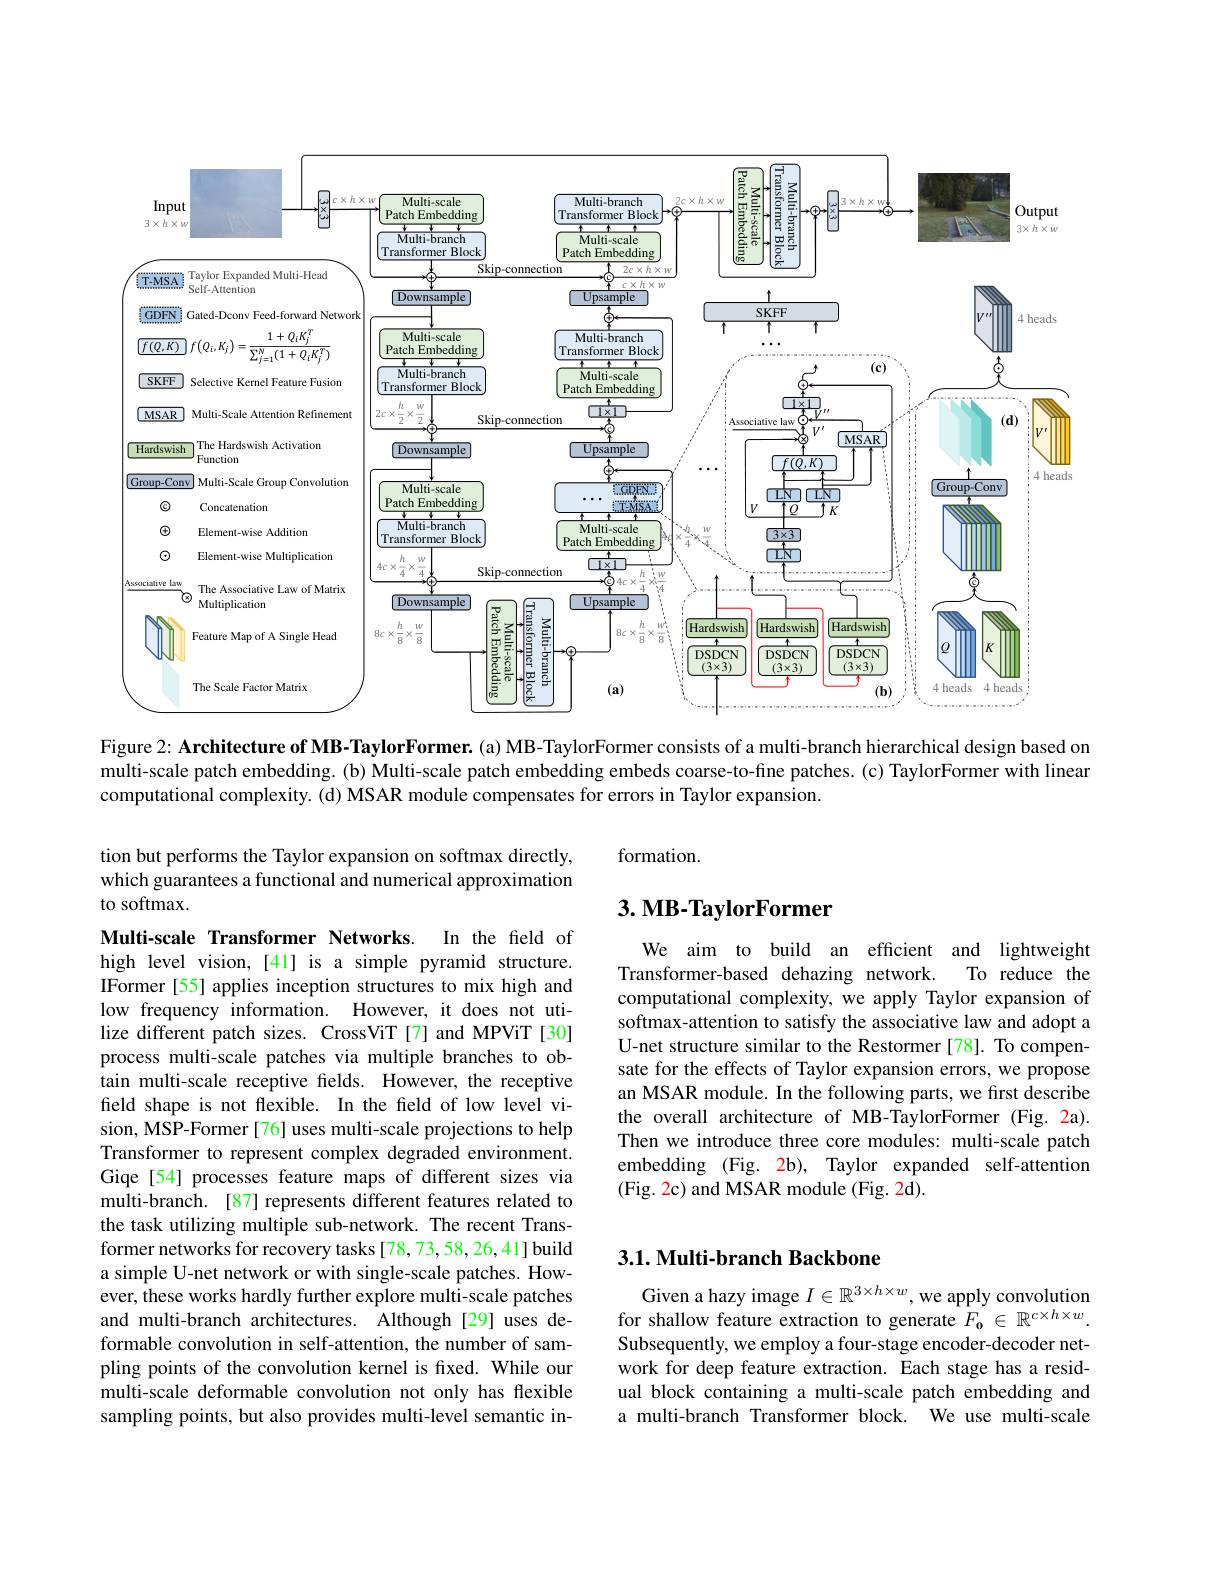
<FigureHere>

Figure 2: Architecture of MB-TaylorFormer. (a) MB-TaylorFormer consists of a multi-branch hierarchical design based on

multi-scale patch embedding. (b) Multi-scale patch embedding embeds coarse-to-fine patches. (c) TaylorFormer with linear
computational complexity. (d) MSAR module compensates for errors in Taylor expansion.

formation.

tion but performs the Taylor expansion on softmax directly, which guarantees a functional and numerical approximation to softmax.

# 3. MB-TaylorFormer

We aim to build an efficient and lightweight
To reduce the
Transformer-based dehazing network.
computational complexity, we apply Taylor expansion of softmax-attention to satisfy the associative law and adopt a U-net structure similar to the Restormer [78]. To compensate for the effects of Taylor expansion errors, we propose an MSAR module. In the following parts, we first describe the overall architecture of MB-TaylorFormer (Fig.2a). Then we introduce three core modules: multi-scale patch embedding (Fig. 2b), Taylor expanded self-attention (Fig. 2c) and MSAR module (Fig. 2d)

Multi-scale Transformer Networks. In the feld of high level vision, [41] is a simple pyramid structure. IFormer [55] applies inception structures to mix high and low frequency information. However, it does not utilize different patch sizes. CrossViT [7] and MPViT [30] process multi-scale patches via multiple branches to obtain multi-scale receptive fields. However, the receptive field shape is not flexible. In the field of low level vision, MSP-Former[76] uses multi-scale projections to help Transformer to represent complex degraded environment. Giqe[54] processes feature maps of different sizes via multi-branch. [87] represents different features related to the task utilizing multiple sub-network. The recent Transformer networks for recovery tasks [78,73,58,26,41] build a simple U-net network or with single-scale patches. However, these works hardly further explore multi-scale patches and multi-branch architectures. Although[29] uses deformable convolution in self-attention, the number of sampling points of the convolution kernel is fixed. While our multi-scale deformable convolution not only has flexible sampling points, but also provides multi-level semantic in-

## 3.1. Multi-branch Backbone

Given a hazy image $I\in\mathbb{R}^{3\times h\times w}$, we apply convolution for shallow feature extraction to generate $F_{\mathbf{o}}\in\mathbb{R}^{c\times h\times w}.$ Subsequently, we employ a four-stage encoder-decoder network for deep feature extraction. Each stage has a residual block containing a multi-scale patch embedding and a multi-branch Transformer block. We use multi-scale